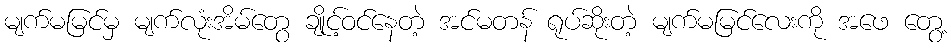
မျက်မမြင်မှ မျက်လုံးအိမ်တွေ ချိုင့်ဝင်နေတဲ့ အင်မတန် ရုပ်ဆိုးတဲ့ မျက်မမြင်လေးကို အဖေ တွေ့